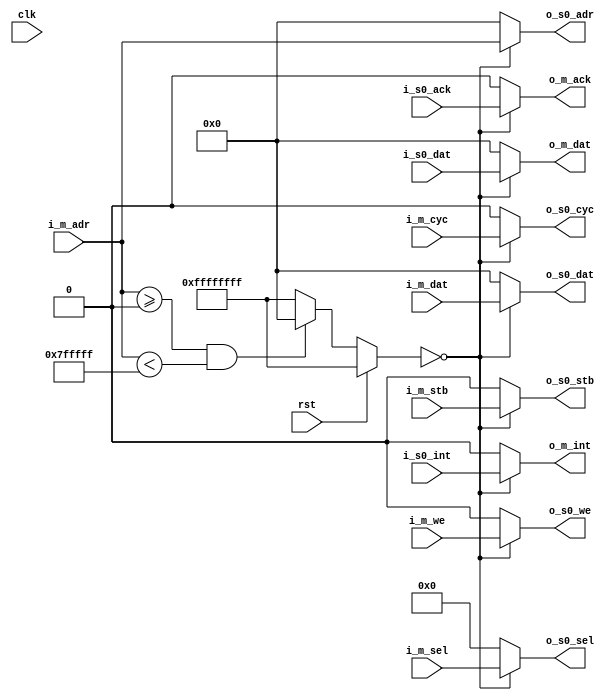
module wishbone_mem_interconnect_3 (
  input               clk,
  input               rst,
  input               i_m_we,
  input               i_m_stb,
  input               i_m_cyc,
  input       [3:0]   i_m_sel,
  input       [31:0]  i_m_adr,
  input       [31:0]  i_m_dat,
  output reg  [31:0]  o_m_dat,
  output reg          o_m_ack,
  output reg          o_m_int,
  output              o_s0_we,
  output              o_s0_cyc,
  output              o_s0_stb,
  output    [3:0]     o_s0_sel,
  input               i_s0_ack,
  output    [31:0]    o_s0_dat,
  input     [31:0]    i_s0_dat,
  output    [31:0]    o_s0_adr,
  input               i_s0_int
);
parameter MEM_SEL_0 = 0;
parameter MEM_OFFSET_0  =  0;
parameter MEM_SIZE_0  =  8388607;
reg [31:0] mem_select;
always @(rst or i_m_adr or mem_select) begin
  if (rst) begin
    mem_select <= 32'hFFFFFFFF;
  end
  else begin
    if ((i_m_adr >= MEM_OFFSET_0) && (i_m_adr < (MEM_OFFSET_0 + MEM_SIZE_0))) begin
      mem_select <= MEM_SEL_0;
    end
    else begin
      mem_select <= 32'hFFFFFFFF;
    end
  end
end
always @ (mem_select or i_s0_dat) begin
  case (mem_select)
    MEM_SEL_0: begin
      o_m_dat <= i_s0_dat;
    end
    default: begin
      o_m_dat <= 32'h0000;
    end
  endcase
end
always @ (mem_select or i_s0_ack) begin
  case (mem_select)
    MEM_SEL_0: begin
      o_m_ack <= i_s0_ack;
    end
    default: begin
      o_m_ack <= 1'h0;
    end
  endcase
end
always @ (mem_select or i_s0_int) begin
  case (mem_select)
    MEM_SEL_0: begin
      o_m_int <= i_s0_int;
    end
    default: begin
      o_m_int <= 1'h0;
    end
  endcase
end
assign o_s0_we   =  (mem_select == MEM_SEL_0) ? i_m_we: 1'b0;
assign o_s0_stb  =  (mem_select == MEM_SEL_0) ? i_m_stb: 1'b0;
assign o_s0_sel  =  (mem_select == MEM_SEL_0) ? i_m_sel: 4'b0;
assign o_s0_cyc  =  (mem_select == MEM_SEL_0) ? i_m_cyc: 1'b0;
assign o_s0_adr  =  (mem_select == MEM_SEL_0) ? i_m_adr: 32'h0;
assign o_s0_dat  =  (mem_select == MEM_SEL_0) ? i_m_dat: 32'h0;
endmodule